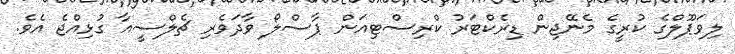
ލިވަޕޫލްގެ ކުރީގެ މެނޭޖިން ޑިރެކްޓަރު ކްރިސްޓިއަން ޕާސްލޯ ވާދަވެރި ޗެލްސީއާ ގުޅިއްޖެ އެވެ.